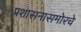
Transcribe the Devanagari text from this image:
प्रशासनासमोरचे